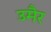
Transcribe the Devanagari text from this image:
उमैर